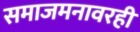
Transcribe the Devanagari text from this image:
समाजमनावरही